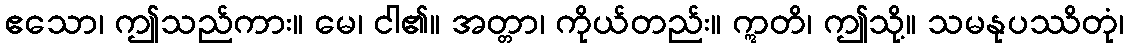
ဧသော၊ ဤသည်ကား။ မေ၊ ငါ၏။ အတ္တာ၊ ကိုယ်တည်း။ ဣတိ၊ ဤသို့။ သမနုပဿိတုံ၊